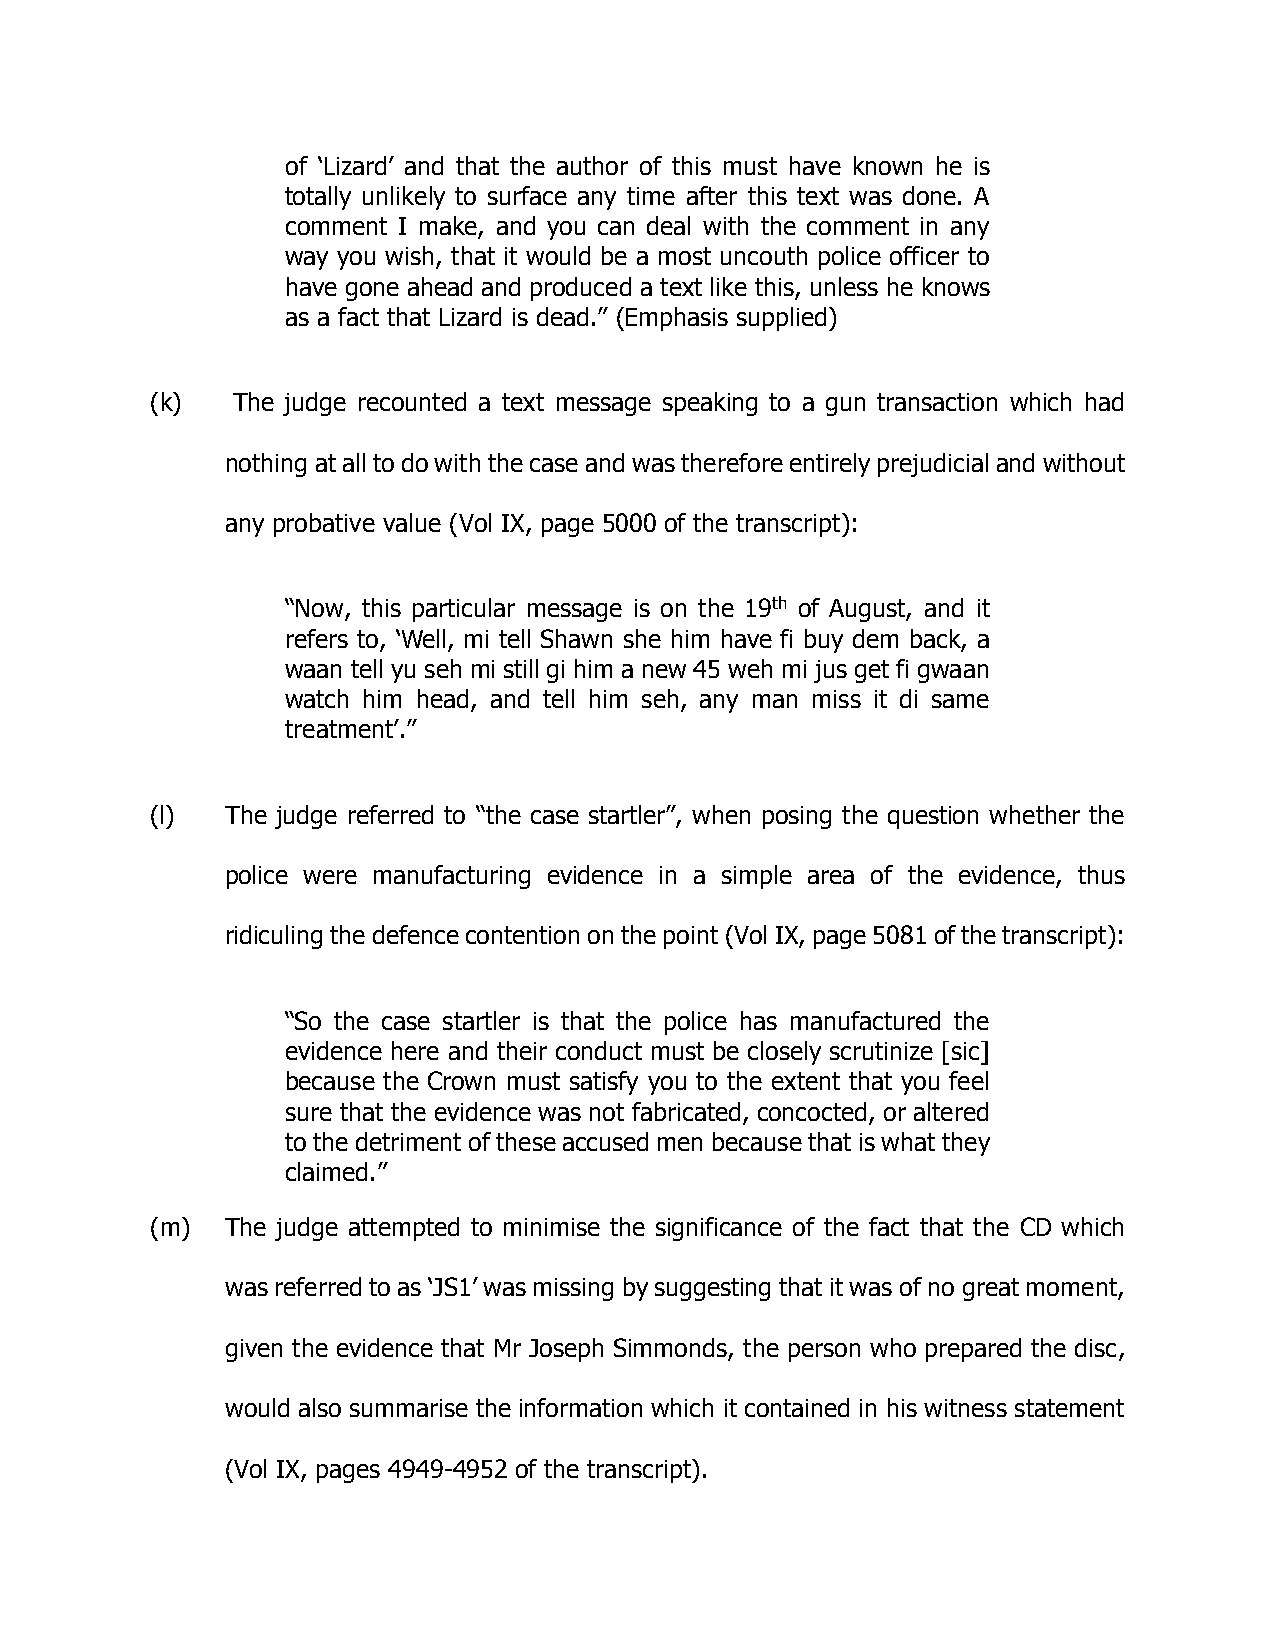
of ‘Lizard’ and that the author of this must have known he is
 totally unlikely to surface any time after this text was done. A
 comment I make, and you can deal with the comment in any
 way you wish, that it would be a most uncouth police officer to
 have gone ahead and produced a text like this, unless he knows
 as a fact that Lizard is dead.” (Emphasis supplied)
 (k)  The judge recounted a text message speaking to a gun transaction which had
 nothing at all to do with the case and was therefore entirely prejudicial and without
 any probative value (Vol IX, page 5000 of the transcript):
 “Now, this particular message is on the 19th of August, and it
 refers to, ‘Well, mi tell Shawn she him have fi buy dem back, a
 waan tell yu seh mi still gi him a new 45 weh mi jus get fi gwaan
 watch him head, and tell him seh, any man miss it di same
 treatment’.”
 (l)  The judge referred to “the case startler”, when posing the question whether the
 police were manufacturing evidence in a simple area of the evidence, thus
 ridiculing the defence contention on the point (Vol IX, page 5081 of the transcript):
 “So the case startler is that the police has manufactured the
 evidence here and their conduct must be closely scrutinize [sic]
 because the Crown must satisfy you to the extent that you feel
 sure that the evidence was not fabricated, concocted, or altered
 to the detriment of these accused men because that is what they
 claimed.”
 (m)  The judge attempted to minimise the significance of the fact that the CD which
 was referred to as ‘JS1’ was missing by suggesting that it was of no great moment,
 given the evidence that Mr Joseph Simmonds, the person who prepared the disc,
 would also summarise the information which it contained in his witness statement
 (Vol IX, pages 4949-4952 of the transcript).